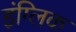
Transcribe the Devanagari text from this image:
इंग्लिक